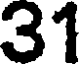
31